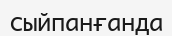
сыйпанғанда